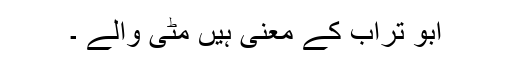
ابو تراب کے معنی ہیں مٹی والے ۔